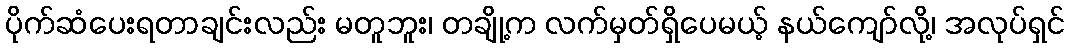
ပိုက်ဆံပေးရတာချင်းလည်း မတူဘူး၊ တချို့က လက်မှတ်ရှိပေမယ့် နယ်ကျော်လို့၊ အလုပ်ရှင်